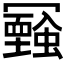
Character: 𠖧